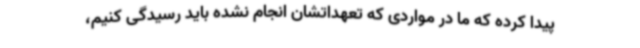
پیدا کرده که ما در مواردی که تعهداتشان انجام نشده باید رسیدگی کنیم،